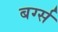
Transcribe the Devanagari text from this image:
बर्ग्स